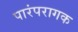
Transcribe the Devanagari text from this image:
पारंपरागक